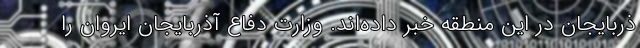
ذربایجان در این منطقه خبر داده‌اند. وزارت دفاع آذربایجان ایروان را